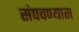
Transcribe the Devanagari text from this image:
संपवण्यास